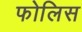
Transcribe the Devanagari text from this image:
फोलिस